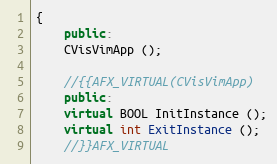
Language: C++
{
    public:
	CVisVimApp ();

	//{{AFX_VIRTUAL(CVisVimApp)
    public:
	virtual BOOL InitInstance ();
	virtual int ExitInstance ();
	//}}AFX_VIRTUAL